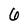
Character: 6